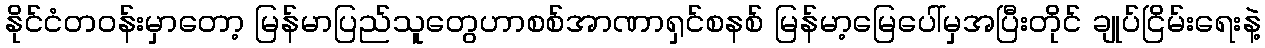
နိုင်ငံတဝန်းမှာတော့ မြန်မာပြည်သူတွေဟာစစ်အာဏာရှင်စနစ် မြန်မာ့မြေပေါ်မှအပြီးတိုင် ချုပ်ငြိမ်းရေးနဲ့